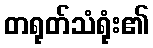
တရုတ်သံရုံး၏